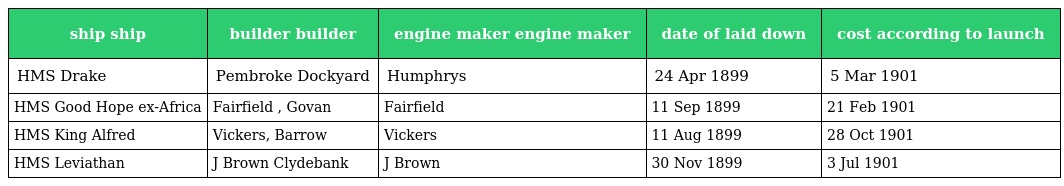
| ship ship | builder builder | engine maker engine maker | date of laid down | cost according to launch |
 | --- | --- | --- | --- | --- |
 | HMS Drake | Pembroke Dockyard | Humphrys | 24 Apr 1899 | 5 Mar 1901 |
 | HMS Good Hope ex-Africa | Fairfield , Govan | Fairfield | 11 Sep 1899 | 21 Feb 1901 |
 | HMS King Alfred | Vickers, Barrow | Vickers | 11 Aug 1899 | 28 Oct 1901 |
 | HMS Leviathan | J Brown Clydebank | J Brown | 30 Nov 1899 | 3 Jul 1901 |